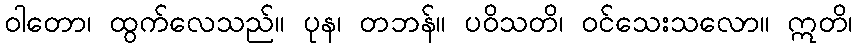
ဝါတော၊ ထွက်လေသည်။ ပုန၊ တဘန်။ ပဝိသတိ၊ ဝင်သေးသလော။ ဣတိ၊